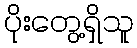
ပိုးတွေ့ရှိသူ